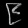
Digit: ၉